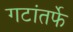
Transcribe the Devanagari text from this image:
गटांतर्फे